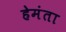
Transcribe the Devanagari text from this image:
हेमंता